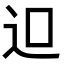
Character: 𨑕